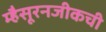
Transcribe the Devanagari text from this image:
म्हैसूरनजीकची